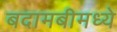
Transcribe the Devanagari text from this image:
बदामबीमध्ये